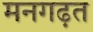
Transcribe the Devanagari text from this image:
मनगढ़त